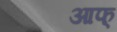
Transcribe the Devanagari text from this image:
आफ्‌